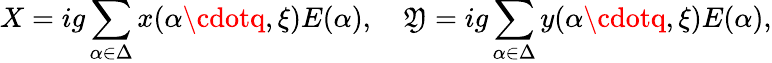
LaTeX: X=ig\sum_{\alpha\in\Delta}x(\alpha\cdotq,\xi)E(\alpha),\quad\mathfrak{Y}=ig\sum_{\alpha\in\Delta}y(\alpha\cdotq,\xi)E(\alpha),